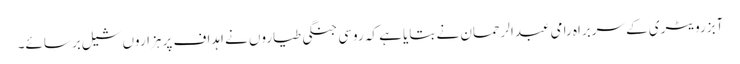
آبزرویٹری کے سربراہ رامی عبدالرحمان نے بتایا ہے کہ روسی جنگی طیاروں نے اہداف پر ہزاروں شیل برسائے۔